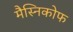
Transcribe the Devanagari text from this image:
मैस्निकोफ